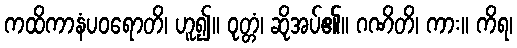
ကထိကာနံပဝရောတိ၊ ဟူ၍။ ဝုတ္တံ၊ ဆိုအပ်၏။ ဂဏိတိ၊ ကား။ ကိရ၊